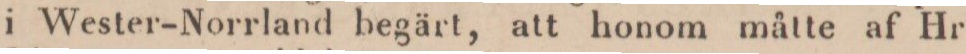
i Wester-Norrland begärt, att honom måtte af Hr